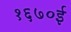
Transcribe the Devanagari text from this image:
१६७०ई